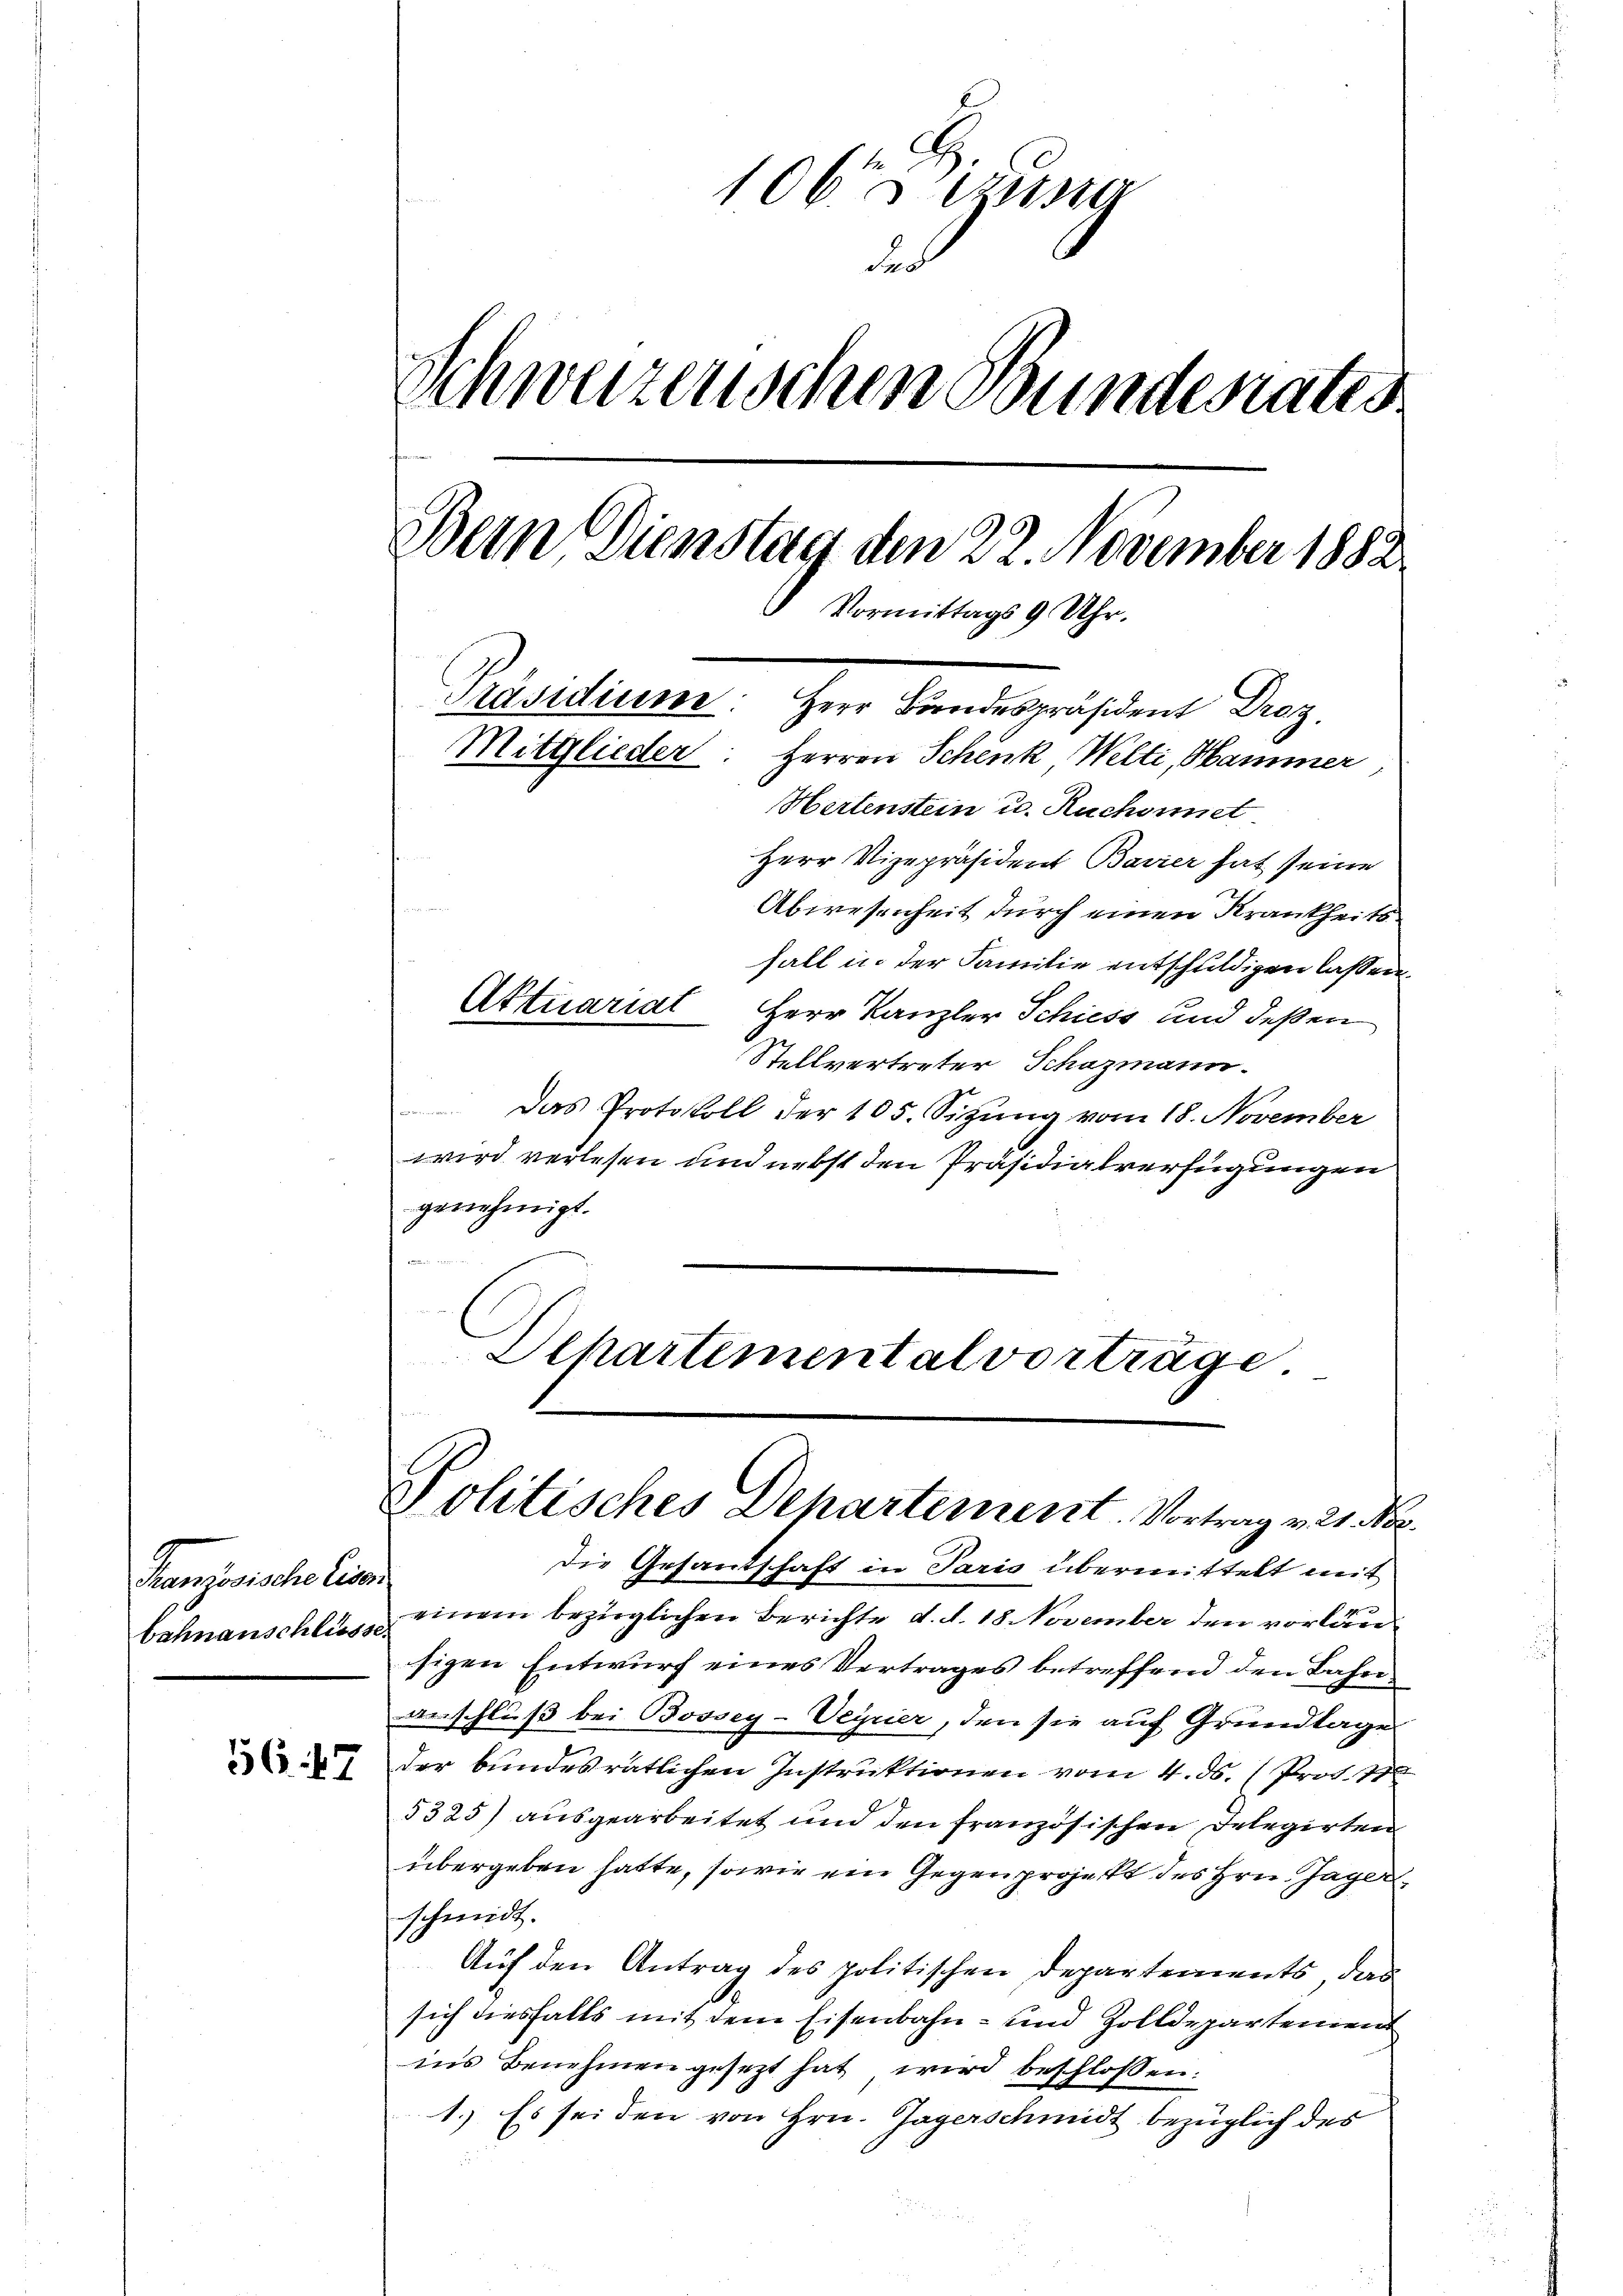
Französische Eisen
bahnanschliesse.

56. 47

106 un
des
Schweizerischen Bundesrates
Bein Dienstag den 22. November 1882
Vormittags 9 Uhr.
Präsidium: Herr Bundespräsident Droz.
Mitglieder: Herren Schenk Welti, Hammer
Hertenstein u. Ruchonnet

Herr Vizepräsident Bavier hat seine
Abwesenheit durch einen Krankheitsfall in der Familie entschuldigen lassen.
Herr Kanzler Schiess und deßen
Stellvertreter Schazmann.
Das Protokoll der 105. Sitzung vom 18. November
wird verlesen und nebst den Präsidialverfügungen
genehmigt.
2

Dchartemental vorträge.

Aktuariat

Politisches Departement. Vortrag v. 21. No.

die Gesandschaft in Paris übermittelt mit
einem bezüglichen Berichte d. d. 18 November den vorläusigen Entwurf eines Vertrages betreffend den Bahnanschluß bei Bossey-Veyrier, den sie auf Grundlage
der bundesratlichen Instruktionen vom 4. ds. (Prov. 18
5325) ausgearbeitet und den französischen Delegirten
übergeben hatte, sowie ein Gegenprojekt des Hrn. Jager
schmidt.
Auf den Antrag des politischen Departements, das
A
sich diesfalls mit dem Eisenbahn- und Zolldepartement
ins Benehmen gesezt hat wird beschlossen:
1.) Es sei den von Hrn. Jagerschmidt bezüglich des